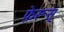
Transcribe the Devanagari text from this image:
फ़ेरूस्